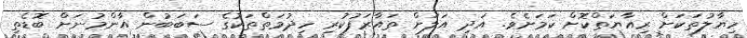
ހިޔާލުތަކަށް ރިއާޔަތްކޮށް ކަމަށެވެ. އަދި އަލަށް ތައާރަފުކުރި ހިދުމަތްތަކުގެ ސަބަބުން އާންމުނަށް ބޮޑެތި